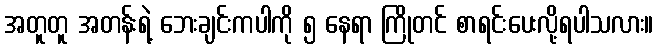
အတူတူ အတန်းရဲ့ ဘေးချင်းကပါကို ၅ နေရာ ကြိုတင် စာရင်းပေးလို့ရပါသလား။